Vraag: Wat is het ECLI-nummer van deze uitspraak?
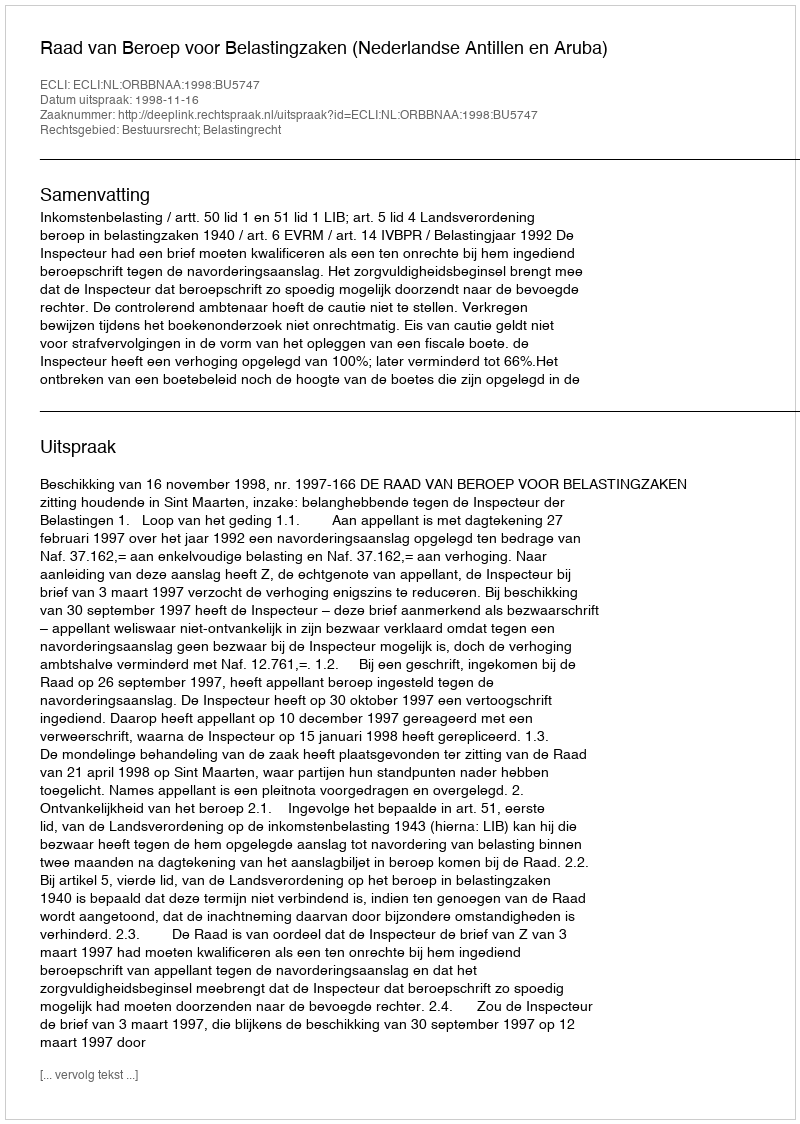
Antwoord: ECLI:NL:ORBBNAA:1998:BU5747